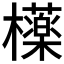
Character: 𣟿